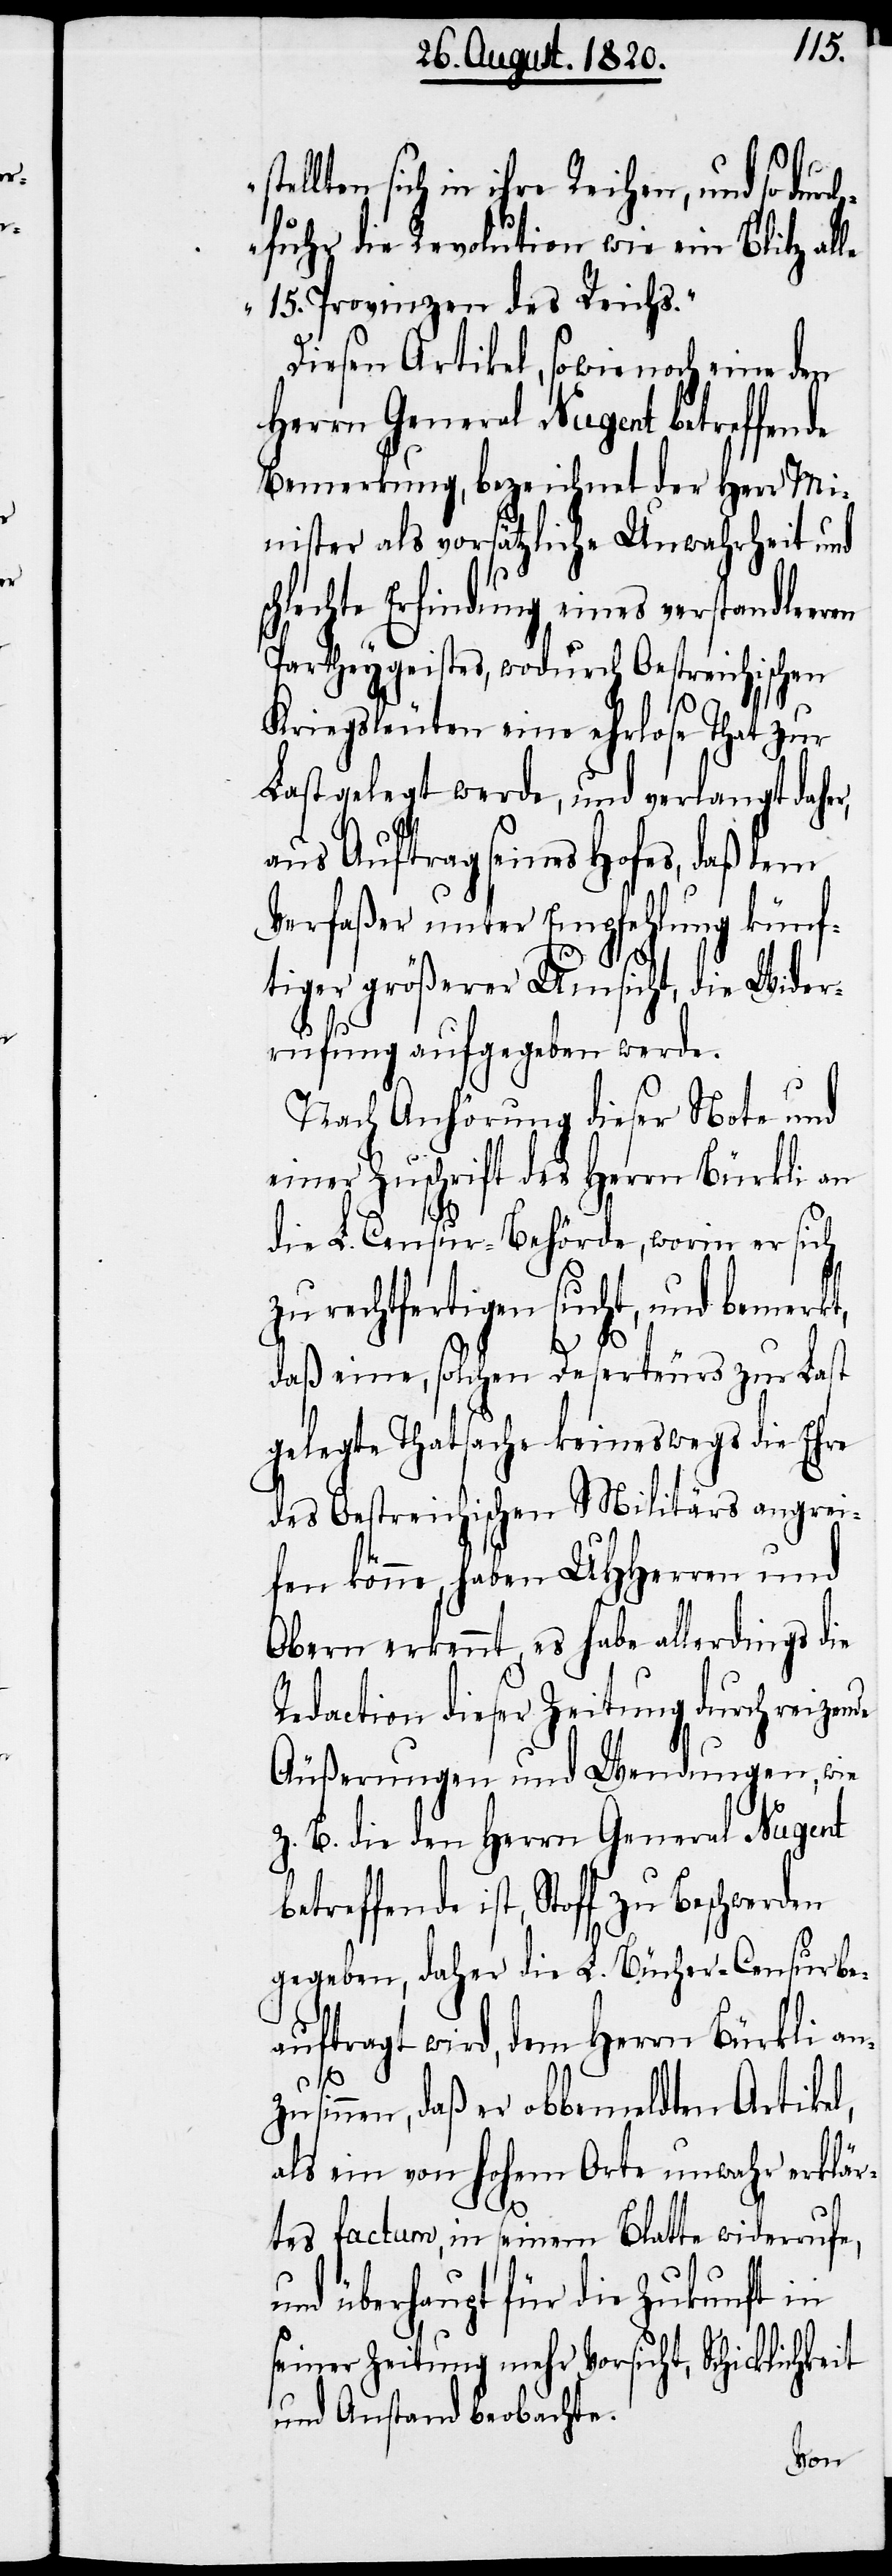
chkeit
en
stellten sich in ihre Reihen, und so durch¬
fuhr die Revolution wie ein Blitz alle
15. Provinzen des Reichs.“
Diesen Artikel, sowie noch eine den
Herrn General Nugent betreffende
Bemerkung, bezeichnet der Herr Mi¬
nister als vorsätzliche Unwahrheit und
chlechte Erfindung eines verstandleer¬
Partheygeistes, wodurch Oestreichischen
Kriegsleuten eine ehrlose That zur
Last gelegt werde, und verlangt daher,
aus Auftrag seines Hofes, daß dem
Verfaßer unter Empfehlung künf¬
tiger größerer Umsicht, die Wider¬
rufung aufgegeben werde.
Nach Anhörung dieser Note und
einer Zuschrift des Herrn Bürkli an
de
die L. Censur-Behörde, worin er sich
zu rechtfertigen sucht, und bemerkt,
daß eine, solchen Deserteurs zur Last
gelegte Thatsache keineswegs die Ehre
des Oestreichischen Militärs angrei¬
fen könne, haben UHherren und
Obern erkennt, es habe allerdings die
Redaction dieser Zeitung durch reizen¬
Äußerungen und Wendungen, wie
z. B. die den Herrn General Nugent
betreffende ist, Stoff zu Beschwerden
gegeben, daher die L. Bücher-Censur be¬
auftragt wird, dem Herrn Bürkli an¬
zusinnen, daß er obbemeldten Artikel,
als ein von hohem Orte unwahr erklär¬
tes factum, in seinem Blatte widerrufe,
und überhaupt für die Zukunft in
seiner Zeitung mehr Vorsicht, Schickli¬
und Anstand beobachte.